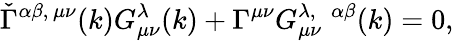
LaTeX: \check{\Gamma}^{\alpha\beta,\, \mu\nu}(k)G_{\mu\nu}^{\lambda}(k)+\Gamma^{\mu\nu}G_{\mu\nu}^{\lambda,\; \; \alpha\beta}(k)=0,